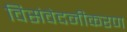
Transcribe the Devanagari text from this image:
विसंवेदनीकरण